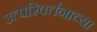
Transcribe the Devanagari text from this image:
उत्परिवर्तनाच्या